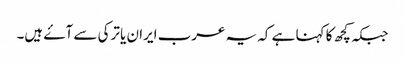
جبکہ کچھ کا کہنا ہے کہ یہ عرب ایران یا ترکی سے آۓ ہیں۔